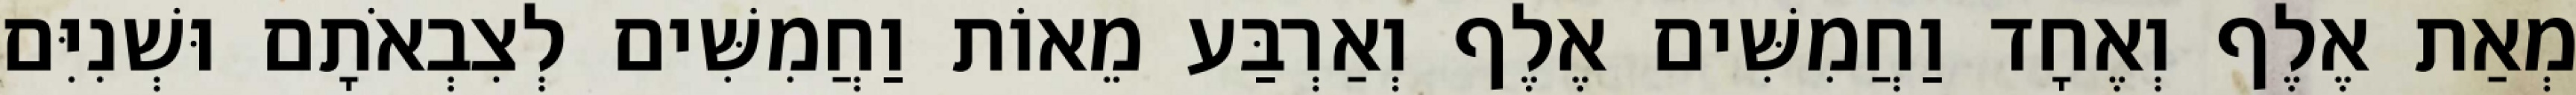
מְאַת אֶלֶף וְאֶחָד וַחֲמִשִּׁים אֶלֶף וְאַרְבַּע מֵאוֹת וַחֲמִשִּׁים לְצִבְאֹתָם וּשְׁנִיִּם